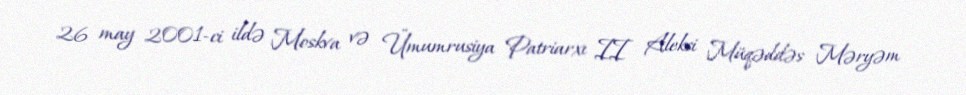
26 may 2001-ci ildə Moskva və Ümumrusiya Patriarxı II Aleksi Müqəddəs Məryəm